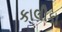
કાલીકા